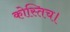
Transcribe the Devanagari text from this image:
कोस्तिच।